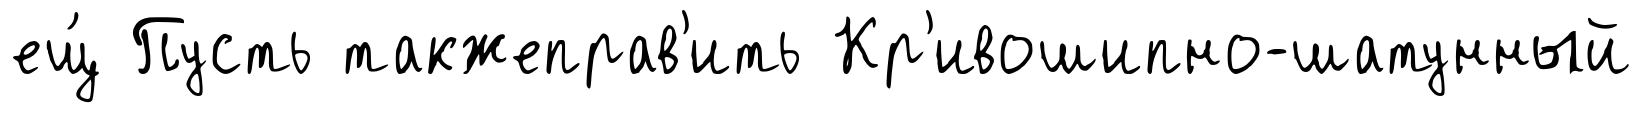
ещ́ Пусть такжеправ'ить Кр'ивошипно-шатунный